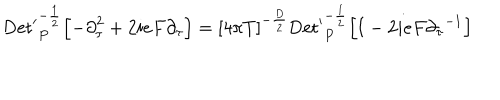
\mathrm { D e t ^ { \prime } } _ { P } ^ { - { \frac { 1 } { 2 } } } \Bigl [ - { \partial } _ { \tau } ^ { 2 } + 2 i e F { \partial } _ { \tau } \Bigr ] = { \lbrack 4 \pi T \rbrack } ^ { - { \frac { D } { 2 } } } \mathrm { D e t ^ { \prime } } _ { P } ^ { - { \frac { 1 } { 2 } } } \Bigl [ { \bf I } - 2 i e F { { \partial } _ { \tau } } ^ { - 1 } \Bigr ] \quad